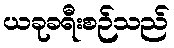
ယခုခရီးစဉ်သည်